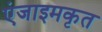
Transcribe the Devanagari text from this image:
एंजाइमकृत